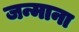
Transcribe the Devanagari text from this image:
जन्माना